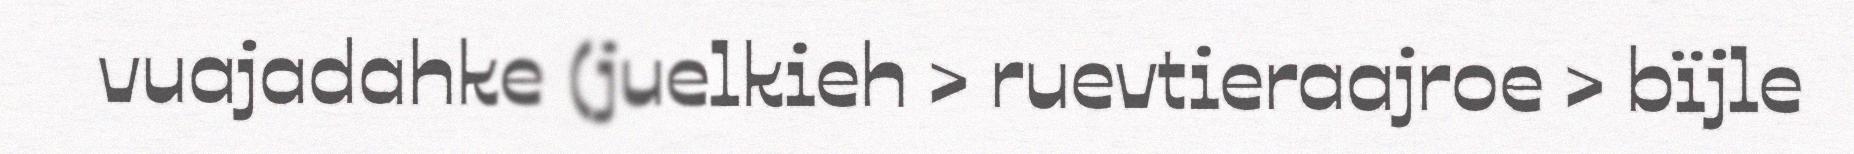
vuajadahke (juelkieh > ruevtieraajroe > bïjle